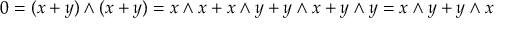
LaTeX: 0 = ( x + y ) \wedge ( x + y ) = x \wedge x + x \wedge y + y \wedge x + y \wedge y = x \wedge y + y \wedge x